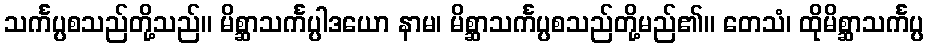
သင်္ကပ္ပစသည်တို့သည်။ မိစ္ဆာသင်္ကပ္ပါဒယော နာမ၊ မိစ္ဆာသင်္ကပ္ပစသည်တို့မည်၏။ တေသံ၊ ထိုမိစ္ဆာသင်္ကပ္ပ